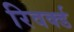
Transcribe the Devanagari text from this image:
रिवर्क्ड